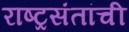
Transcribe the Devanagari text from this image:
राष्ट्रसंतांची